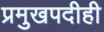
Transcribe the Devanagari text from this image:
प्रमुखपदीही